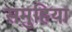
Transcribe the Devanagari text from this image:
समुहिया